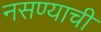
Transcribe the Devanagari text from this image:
नसण्याची